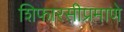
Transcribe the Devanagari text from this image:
शिफारसीप्रमाणे